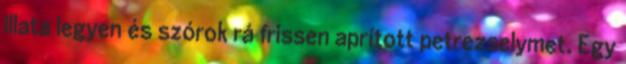
illata legyen és szórok rá frissen aprított petrezselymet. Egy